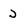
Character: J